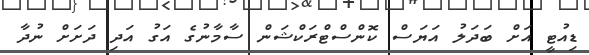
ޑިއުޓީ އަށް ބަދަލު އަޔަސް ކޮންސްޓްރަކްޝަން ސާމާނުގެ އަގު އަދި ދަށަށް ނުދާ